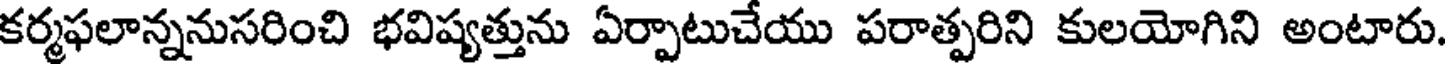
కర్మఫలాన్ననుసరించి భవిష్యత్తును ఏర్పాటుచేయు పరాత్పరిని కులయోగిని అంటారు